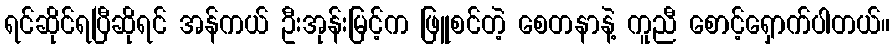
ရင်ဆိုင်ရပြီဆိုရင် အန်ကယ် ဦးအုန်းမြင့်က ဖြူစင်တဲ့ စေတနာနဲ့ ကူညီ စောင့်ရှောက်ပါတယ်။